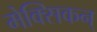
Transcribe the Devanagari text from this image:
मेक्सिकन्